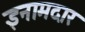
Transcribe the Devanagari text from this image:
इनामदार